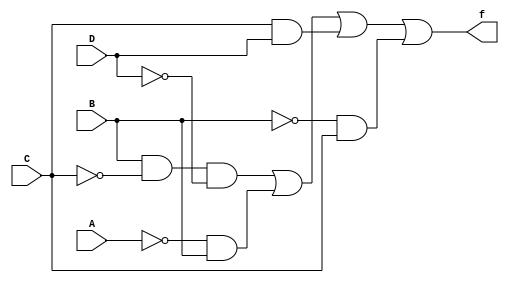
module q1a(A,B,C,D,f);
input A,B,C,D;
output f;
assign f=(B&(~C)&(~D))|(~A&B)|(C&D)|(~B&C);
endmodule